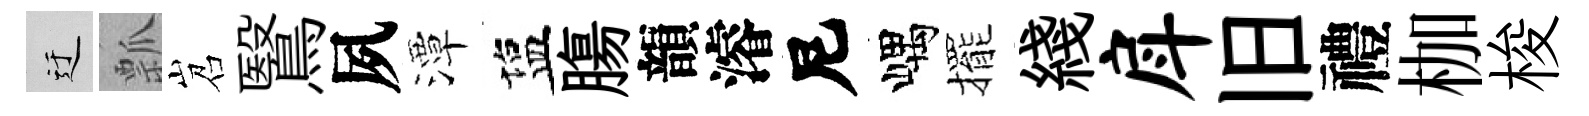
迂瓢岧鷖夙潭塩膓韻濬尼嵎擺綫戽旧禮枷梭